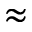
\approx